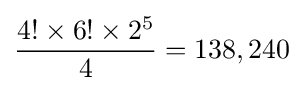
{\frac {4!\times 6!\times 2^{5}}{4}}=138,240